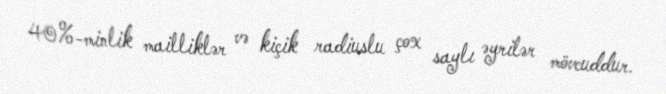
40%-minlik mailliklər və kiçik radiuslu çox saylı əyrilər mövcuddur.